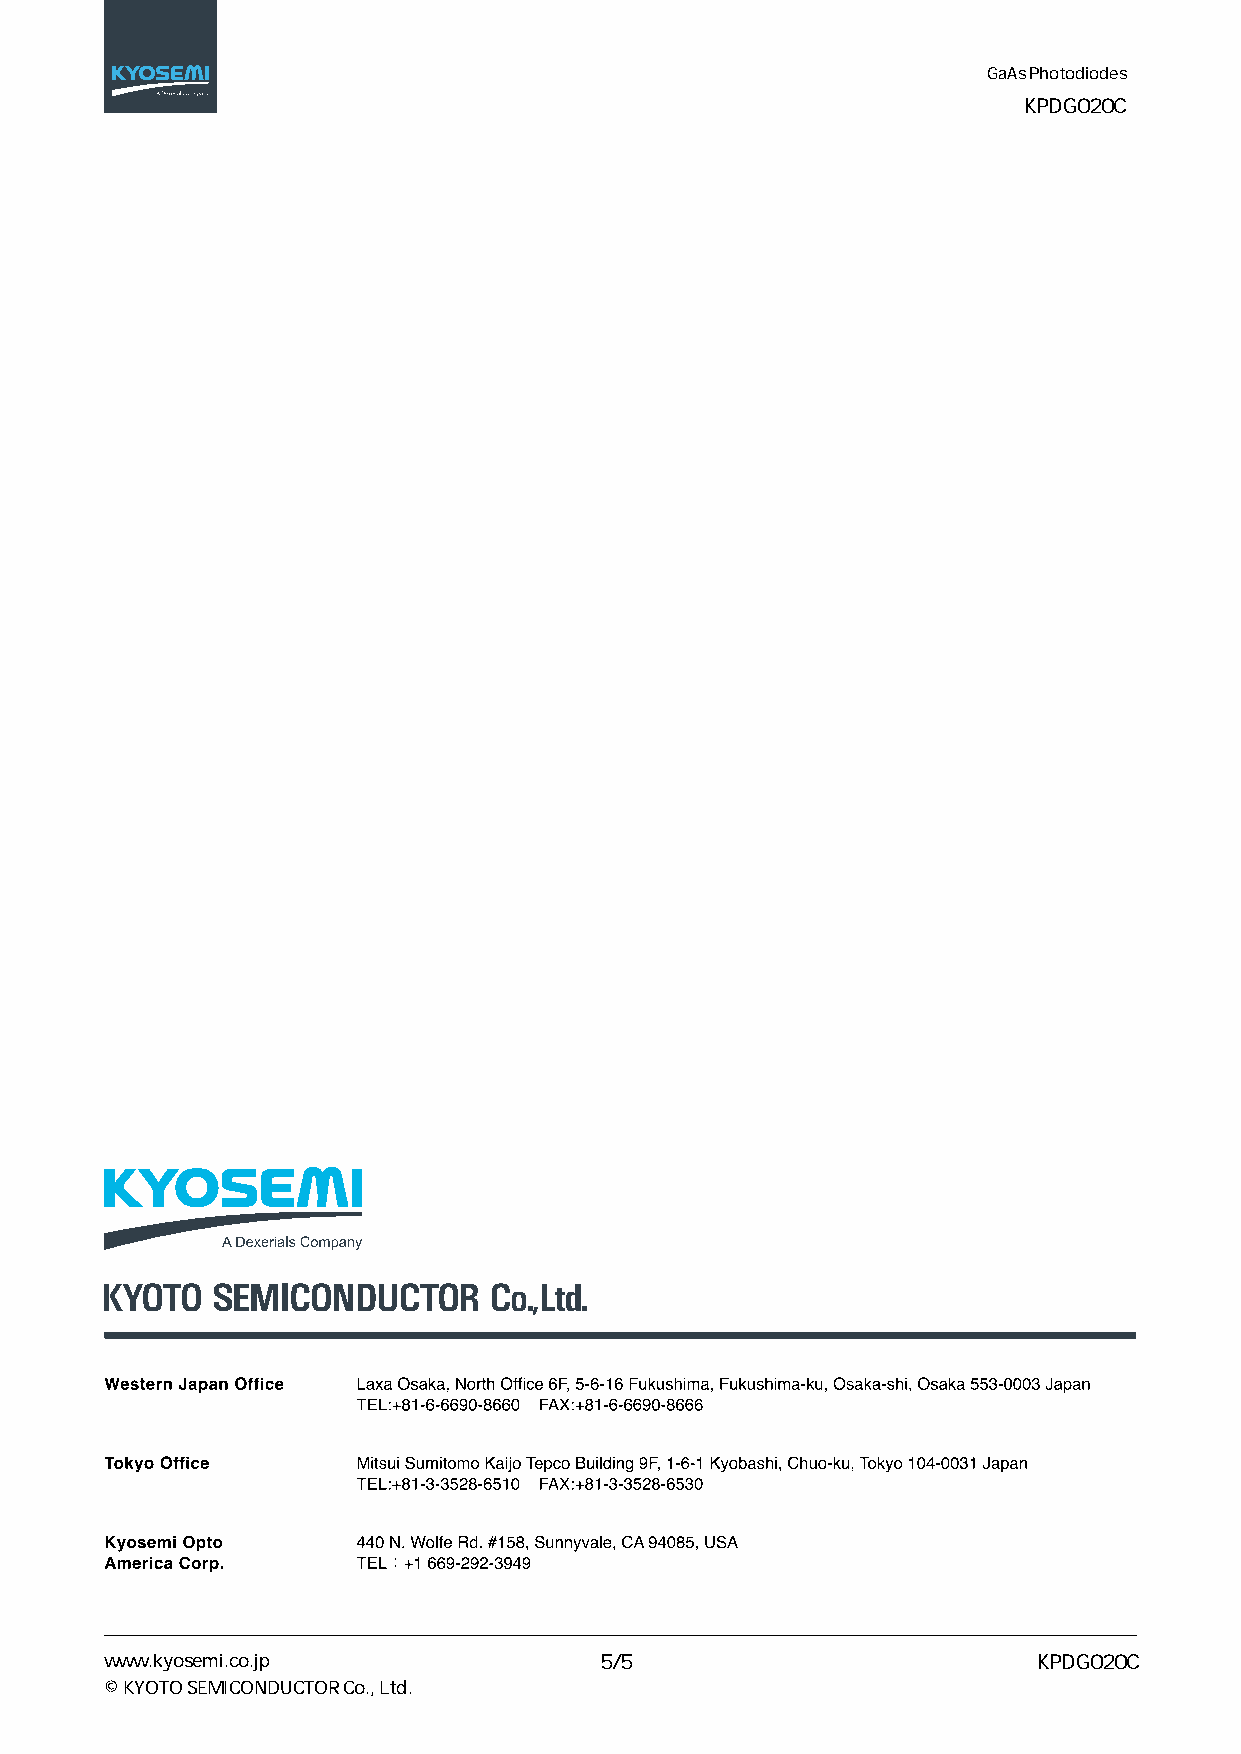
GaAs Photodiodes
 KPDG020C
 www.kyosemi.co.jp                5/5                          KPDG020C
 © KYOTO SEMICONDUCTOR Co., Ltd.
 Powered by TCPDF (www.tcpdf.org)